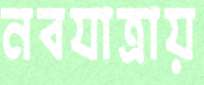
নবযাত্রায়